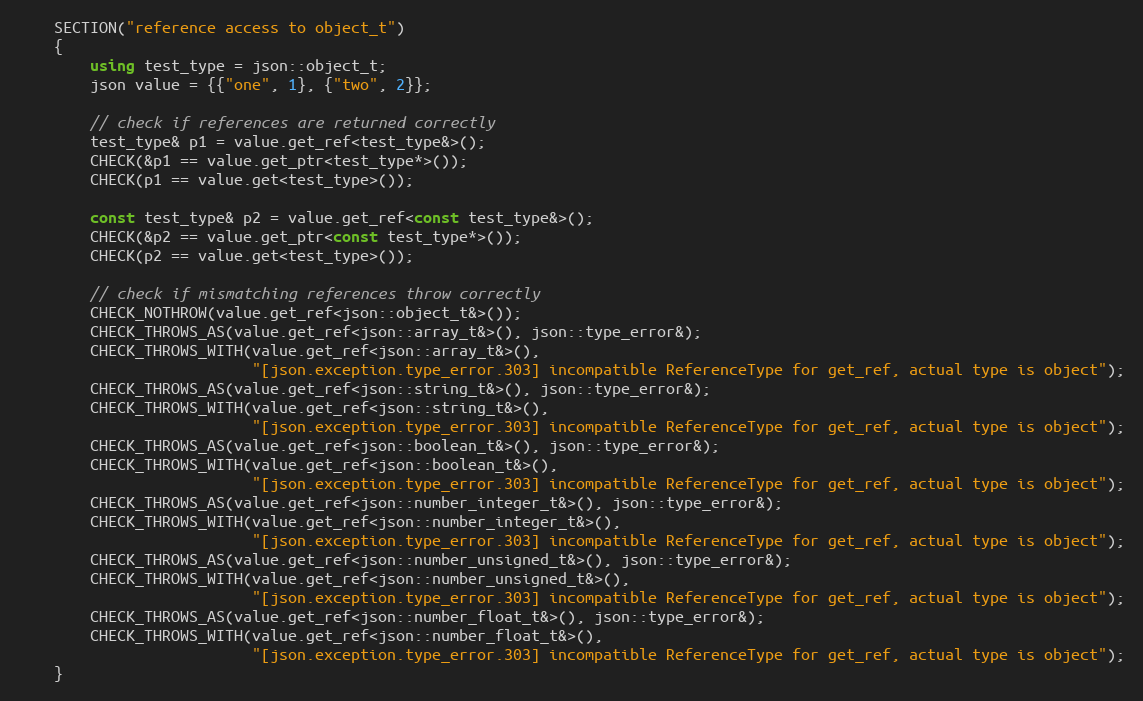
Language: C++
    SECTION("reference access to object_t")
    {
        using test_type = json::object_t;
        json value = {{"one", 1}, {"two", 2}};

        // check if references are returned correctly
        test_type& p1 = value.get_ref<test_type&>();
        CHECK(&p1 == value.get_ptr<test_type*>());
        CHECK(p1 == value.get<test_type>());

        const test_type& p2 = value.get_ref<const test_type&>();
        CHECK(&p2 == value.get_ptr<const test_type*>());
        CHECK(p2 == value.get<test_type>());

        // check if mismatching references throw correctly
        CHECK_NOTHROW(value.get_ref<json::object_t&>());
        CHECK_THROWS_AS(value.get_ref<json::array_t&>(), json::type_error&);
        CHECK_THROWS_WITH(value.get_ref<json::array_t&>(),
                          "[json.exception.type_error.303] incompatible ReferenceType for get_ref, actual type is object");
        CHECK_THROWS_AS(value.get_ref<json::string_t&>(), json::type_error&);
        CHECK_THROWS_WITH(value.get_ref<json::string_t&>(),
                          "[json.exception.type_error.303] incompatible ReferenceType for get_ref, actual type is object");
        CHECK_THROWS_AS(value.get_ref<json::boolean_t&>(), json::type_error&);
        CHECK_THROWS_WITH(value.get_ref<json::boolean_t&>(),
                          "[json.exception.type_error.303] incompatible ReferenceType for get_ref, actual type is object");
        CHECK_THROWS_AS(value.get_ref<json::number_integer_t&>(), json::type_error&);
        CHECK_THROWS_WITH(value.get_ref<json::number_integer_t&>(),
                          "[json.exception.type_error.303] incompatible ReferenceType for get_ref, actual type is object");
        CHECK_THROWS_AS(value.get_ref<json::number_unsigned_t&>(), json::type_error&);
        CHECK_THROWS_WITH(value.get_ref<json::number_unsigned_t&>(),
                          "[json.exception.type_error.303] incompatible ReferenceType for get_ref, actual type is object");
        CHECK_THROWS_AS(value.get_ref<json::number_float_t&>(), json::type_error&);
        CHECK_THROWS_WITH(value.get_ref<json::number_float_t&>(),
                          "[json.exception.type_error.303] incompatible ReferenceType for get_ref, actual type is object");
    }